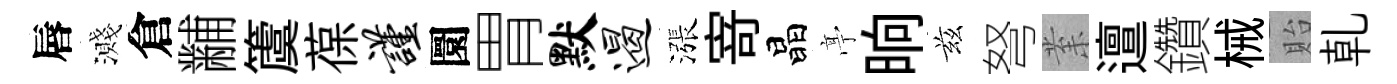
唇濺倉黼𥵂葆谨圜胃默遏漲𭔃晶𠅘晌兹弩𭪙邅鑽械貽乹